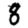
Digit: 8